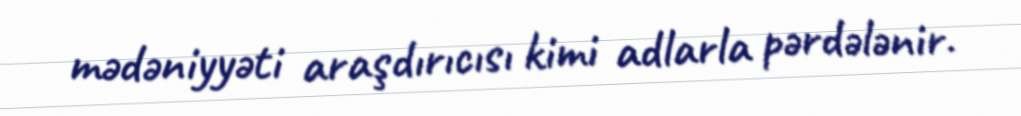
mədəniyyəti araşdırıcısı kimi adlarla pərdələnir.